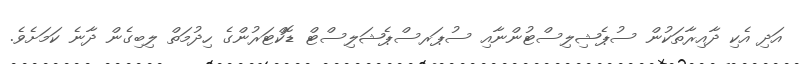
އަދި އެކި ދާއިރާތަކުން ސުޕެޝިލިސްޓުންނާއި ސުޕަރސްޕެޝަލިސްޓް ޑޮކްޓަރުންގެ ހިދުމަތް ލިބިގެން ދާނެ ކަމަށެވެ.